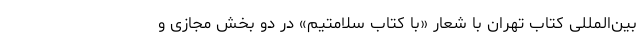
بین‌المللی کتاب تهران با شعار «با کتاب سلامتیم» در دو بخش مجازی و